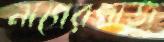
নাগেরপাড়া